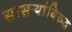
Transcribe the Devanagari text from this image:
सासऱ्यांविरुद्ध